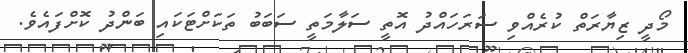
މޯދީ ޒިޔާރަތް ކުރެއްވި ސަރަހައްދު އޮތީ ސަލާމަތީ ސަބަބު ތަކަށްޓަކައި ބަންދު ކޮށްފައެވެ.